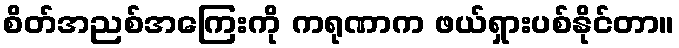
စိတ်အညစ်အကြေးကို ကရုဏာက ဖယ်ရှားပစ်နိုင်တာ။